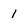
Character: 1